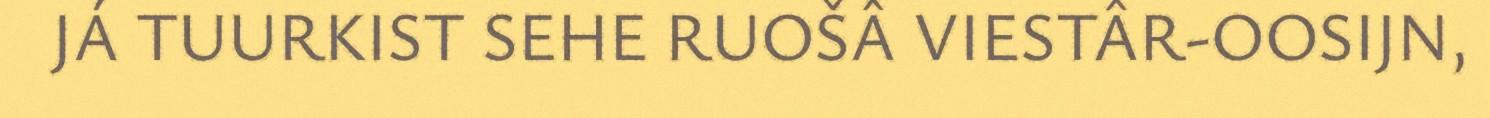
JÁ TUURKIST SEHE RUOŠÂ VIESTÂR-OOSIJN,